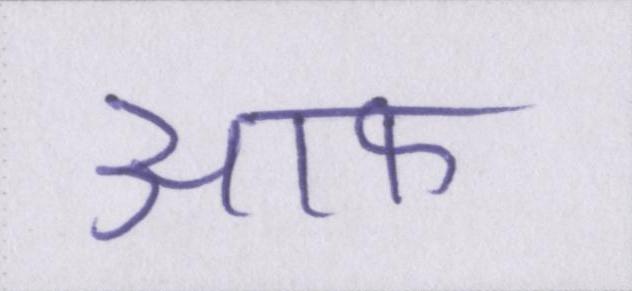
आफ